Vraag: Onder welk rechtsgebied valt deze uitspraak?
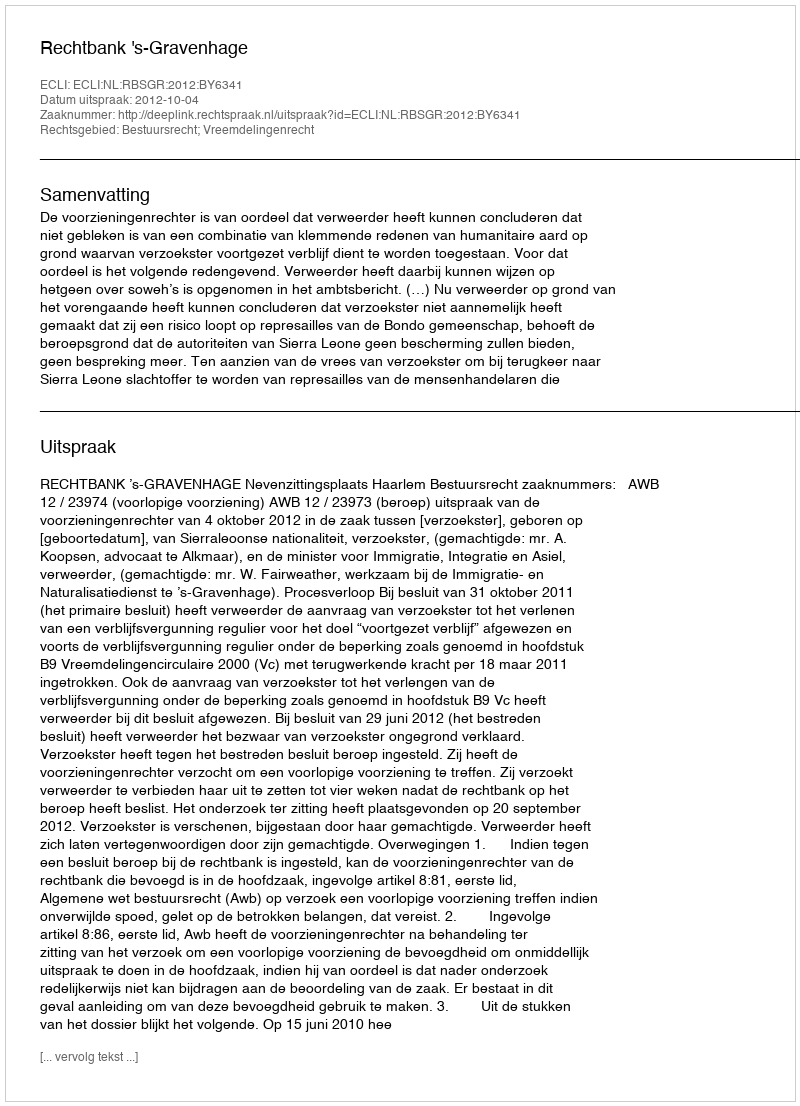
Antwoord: Bestuursrecht; Vreemdelingenrecht